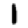
Digit: 1